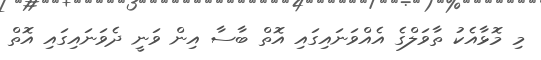
މި މޮޅާއެކު ތާވަލްގެ އެއްވަނައިގައި އޮތް ބާސާ އިން ވަނީ ދެވަނައިގައި އޮތް